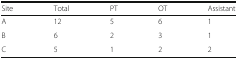
| Site | Total | PT | OT | Assistant |
 | --- | --- | --- | --- | --- |
 | A | 12 | 5 | 6 | 1 |
 | B | 6 | 2 | 3 | 1 |
 | C | 5 | 1 | 2 | 2 |